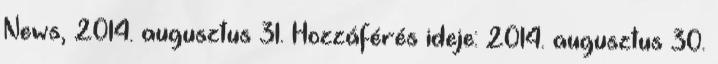
News, 2014. augusztus 31. Hozzáférés ideje: 2014. augusztus 30.